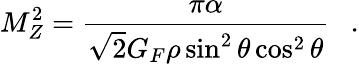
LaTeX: M_{Z}^{2}=\frac{\pi\alpha}{\sqrt{2}G_{F}\rho\sin^{2}\theta\cos^{2}\theta}~~~.